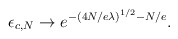
\begin{align*}\epsilon_{c,N} \rightarrow e^{- \left( 4 N / e \lambda \right)^{1/2} - N / e}.\end{align*}